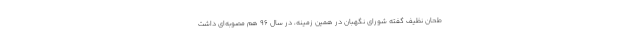
طحان نظیف گفته شورای نگهبان در همین زمینه، در سال ۹۶ هم مصوبه‌ای داشت